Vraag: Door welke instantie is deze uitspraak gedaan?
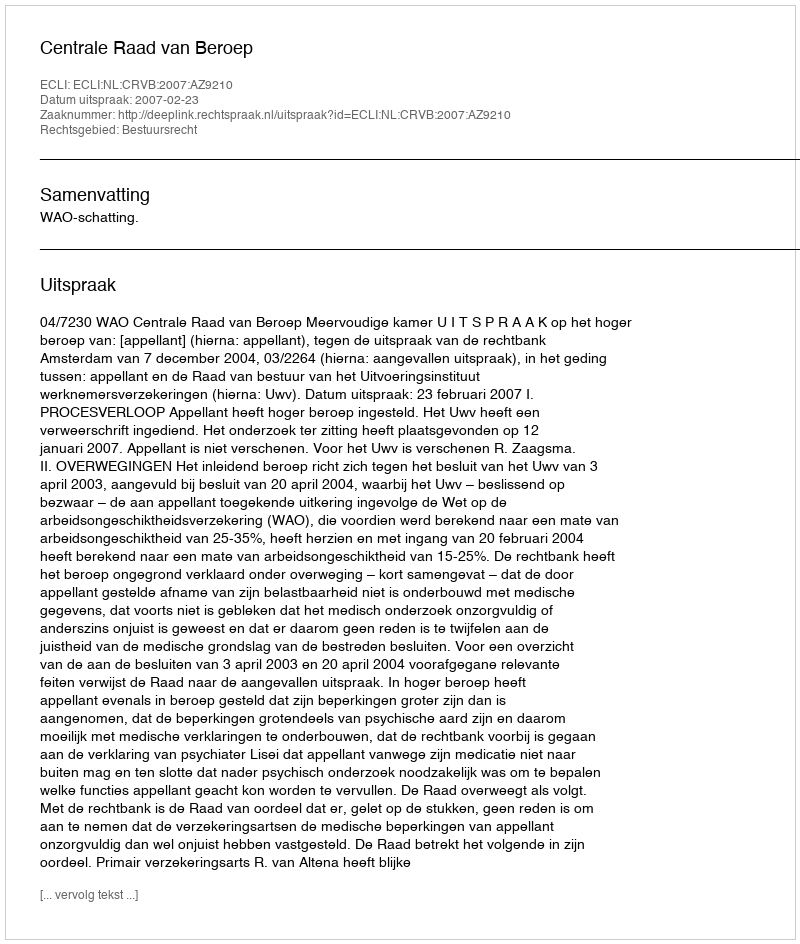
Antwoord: Centrale Raad van Beroep